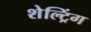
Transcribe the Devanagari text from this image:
शेल्ट्रिंग